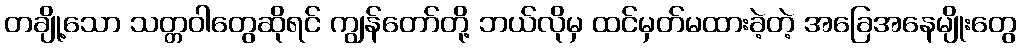
တချို့သော သတ္တဝါတွေဆိုရင် ကျွန်တော်တို့ ဘယ်လိုမှ ထင်မှတ်မထားခဲ့တဲ့ အခြေအနေမျိုးတွေ